Civil Veterinary Department Bengal reports 1923-33 - 1923-1933
Year: 1923
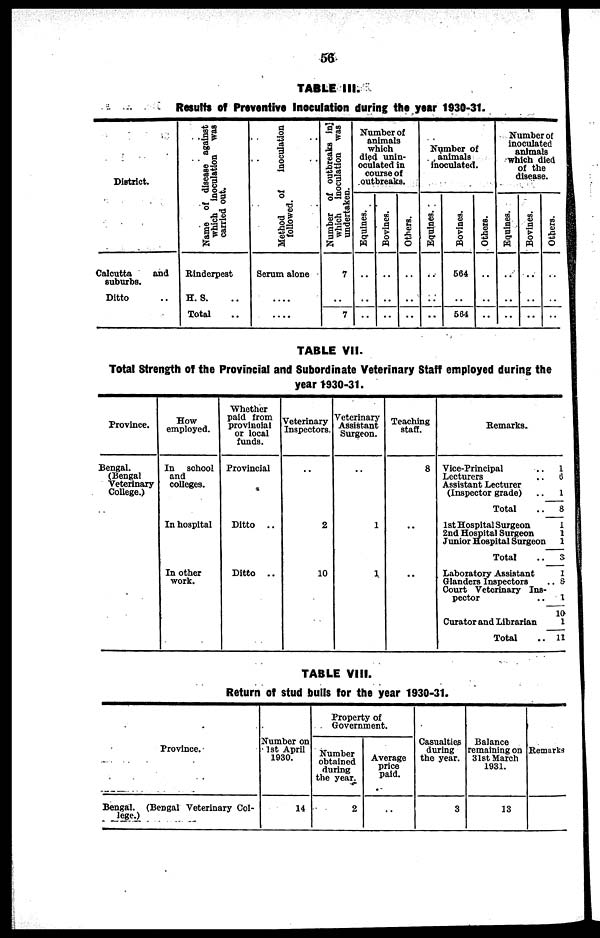
56
TABLE III.
Results of Preventive Inoculation during the year 1930-31.
District.
Calcutta
and
suburbs.
Ditto ..
Name of disease against
which inoculation
was
carried out.
Rinderpest
H. S. ..
Total ..
Method of
Inoculation
followed.
Scrum alone
....
....
Number of outbreaks in
which
inoculation was
undertaken.
7
..
7
Number of
animals
which
died unin-
oculated in
course of
outbreaks.
Equines.
..
..
..
Bovines.
..
..
..
Others.
..
..
..
Number of
animals
Inoculated.
Equines.
..
..
..
Bovines.
564
..
564
Others.
..
..
..
Number of
inoculated
animals
which did
of the
disease
Equines.
..
..
..
Bovines.
..
..
..
Others
..
..
..
TABLE VII.
Total Strength of the Provincial and Subordinate Veterinary Staff employed during the
year 1930-31.
Province.
Bengal.
(Bengal
Veterinary
College.)
How
employed.
In school
and
colleges.
In hospital
In other
work.
Whether
paid from
provincial
or local
funds.
Provincial
Ditto
..
Ditto
..
Veterinary
Inspectors
..
2
10
Veterinary
Assistant
Surgeon.
..
1
1
Teaching
staff.
8
..
..
Remarks.
Vice-Principal
. . 1
Lecturers
. . 6
Assistant Lecturer
(Inspector grade)
..
1
Total
..
8
1st Hospital Surgeon
1
2nd Hospital Surgeon
1
Junior Hospital Surgeon
1
Total
..
3
Laboratory Assistant
1
Glanders Inspectors
.. 8
Court Veterinary Ins-
pector
..
1
10
Curator and Librarian
1
Total
.. 11
TABLE VIII.
Return of stud bulls for the year 1930-31.
Province.
Bengal. (Bengal Veterinary Col-
lege.)
Number on
1st April
1930.
14
Property of
Government.
Number
obtained
during
the year
2
Average
price
paid.
..
Casualties
during
the year.
3
Balance
remaining on
31st March
1931.
13
Remark